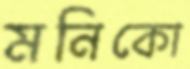
মনিকো